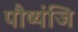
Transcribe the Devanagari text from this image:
पौष्यंजि